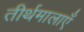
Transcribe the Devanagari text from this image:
तीर्थमालाएँ